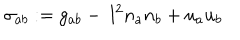
LaTeX: \sigma _ { a b } : = g _ { a b } - ~ l ^ { 2 } n _ { a } n _ { b } + u _ { a } u _ { b }